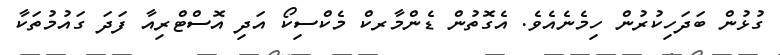
ގުޅުން ބަދަހިކުރުން ހިމެނެއެވެ. އެގޮތުން ޑެންމާރކް މެކްސިކޯ އަދި އޮސްޓްރިއާ ފަދަ ގައުމުތަކާ